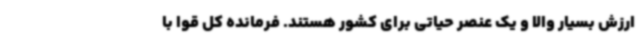
ارزش بسیار والا و یک عنصر حیاتی برای کشور هستند. فرمانده کل قوا با